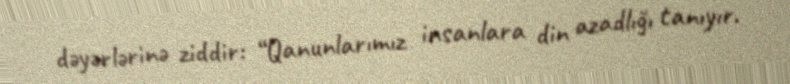
dəyərlərinə ziddir: “Qanunlarımız insanlara din azadlığı tanıyır.